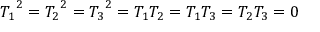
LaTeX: { T _ { 1 } } ^ { 2 } = { T _ { 2 } } ^ { 2 } = { T _ { 3 } } ^ { 2 } = T _ { 1 } T _ { 2 } = T _ { 1 } T _ { 3 } = T _ { 2 } T _ { 3 } = 0